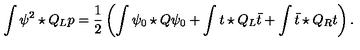
\int \psi ^ { 2 } \star Q _ { L } p = \frac { 1 } { 2 } \left( \int \psi _ { 0 } \star Q \psi _ { 0 } + \int t \star Q _ { L } \bar { t } + \int \bar { t } \star Q _ { R } t \right) .